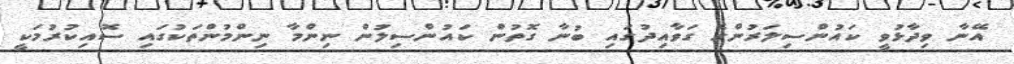
އޭނާ ވިދާޅުވީ ކައުންސިލަރުންގެ ގަވާއިދުގައި ބުނާ ގޮތުން ކައުންސިލުން ނިންމާ ނިންމުންތަކުގައި ސޮއިކުރުމަކީ